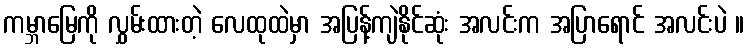
ကမ္ဘာမြေကို လွှမ်းထားတဲ့ လေထုထဲမှာ အပြန့်ကျဲနိုင်ဆုံး အလင်းက အပြာရောင် အလင်းပဲ ။